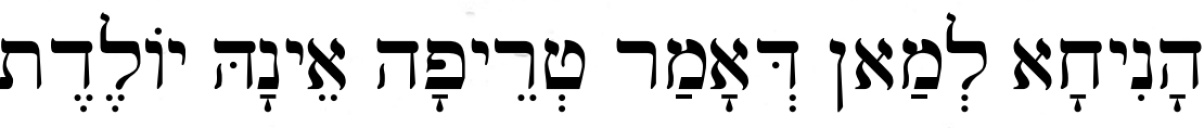
הָנִיחָא לְמַאן דְּאָמַר טְרֵיפָה אֵינָהּ יוֹלֶדֶת